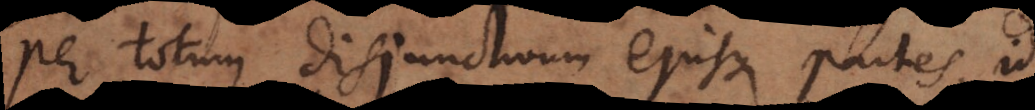
per totum disjunctivum ejusque partes, id